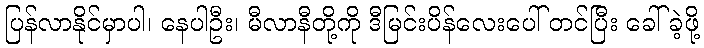
ပြန်လာနိုင်မှာပါ၊ နေပါဦး၊ မီလာနီတို့ကို ဒီမြင်းပိန်လေးပေါ် တင်ပြီး ခေါ်ခဲ့ဖို့